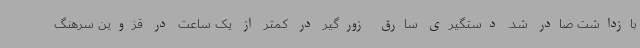
بازداشت صادر شد. دستگیری سارق زورگیر در کمتر از یک ساعت در قزوین سرهنگ